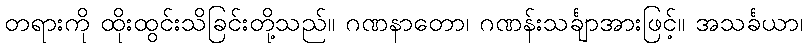
တရားကို ထိုးထွင်းသိခြင်းတို့သည်။ ဂဏနာတော၊ ဂဏန်းသင်္ချာအားဖြင့်။ အသင်္ခယာ၊